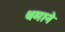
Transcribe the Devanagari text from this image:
थमाने